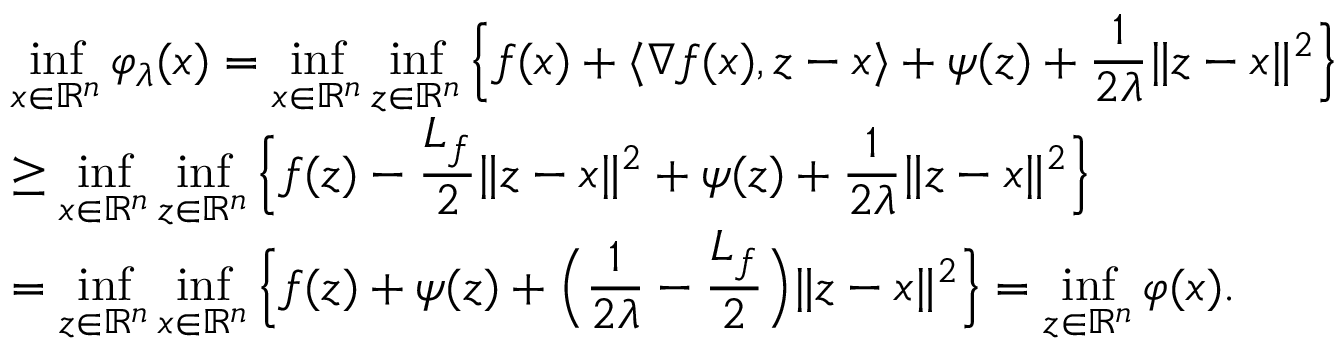
\begin{array} { l l } { \displaystyle \operatorname* { i n f } _ { x \in \mathbb { R } ^ { n } } \varphi _ { \lambda } ( x ) = \displaystyle \operatorname* { i n f } _ { x \in \mathbb { R } ^ { n } } \displaystyle \operatorname* { i n f } _ { z \in \mathbb { R } ^ { n } } \Big \{ f ( x ) + \langle \nabla f ( x ) , z - x \rangle + \psi ( z ) + \displaystyle \frac { 1 } { 2 \lambda } \| z - x \| ^ { 2 } \Big \} } \\ { \geq \displaystyle \operatorname* { i n f } _ { x \in \mathbb { R } ^ { n } } \displaystyle \operatorname* { i n f } _ { z \in \mathbb { R } ^ { n } } \Big \{ f ( z ) - \frac { L _ { f } } { 2 } \| z - x \| ^ { 2 } + \psi ( z ) + \displaystyle \frac { 1 } { 2 \lambda } \| z - x \| ^ { 2 } \Big \} } \\ { = \displaystyle \operatorname* { i n f } _ { z \in \mathbb { R } ^ { n } } \displaystyle \operatorname* { i n f } _ { x \in \mathbb { R } ^ { n } } \Big \{ f ( z ) + \psi ( z ) + \Big ( \frac { 1 } { 2 \lambda } - \displaystyle \frac { L _ { f } } { 2 } \Big ) \| z - x \| ^ { 2 } \Big \} = \displaystyle \operatorname* { i n f } _ { z \in \mathbb { R } ^ { n } } \varphi ( x ) . } \end{array}